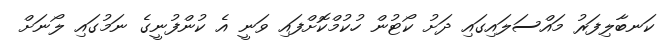
ކަނބާލިފަރު މައްސަލައިގައި ދަށު ކޯޓުން ހުކުމްކޮށްފައި ވަނީ އެ ކުންފުނީގެ ނަމުގައި ލޯނަށް